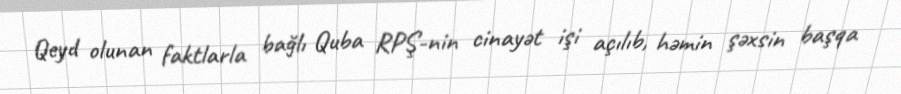
Qeyd olunan faktlarla bağlı Quba RPŞ-nin cinayət işi açılıb, həmin şəxsin başqa